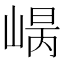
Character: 𡹾